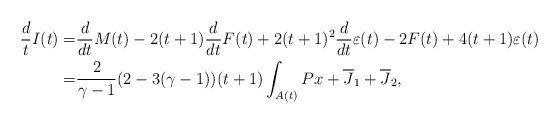
\begin{align*} \frac{d}{t}I(t)=&\frac{d}{dt}M(t)-2(t+1)\frac{d}{dt}F(t)+2(t+1)^{2}\frac{d}{dt}\varepsilon(t)-2F(t)+4(t+1)\varepsilon(t)\\\displaystyle=&\frac{2}{\gamma-1}(2-3(\gamma-1))(t+1)\int_{A(t)} P x+\overline{J}_1+\overline{J}_2,\end{align*}